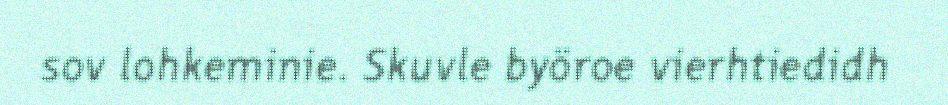
sov lohkeminie. Skuvle byöroe vierhtiedidh